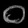
Digit: ၀